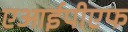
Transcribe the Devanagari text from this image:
एआईपीएफ